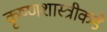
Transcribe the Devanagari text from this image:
कृष्णशास्त्रीकडे